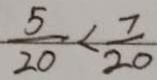
\frac { 5 } { 2 0 } < \frac { 7 } { 2 0 }